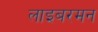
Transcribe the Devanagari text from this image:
लाइबरमन